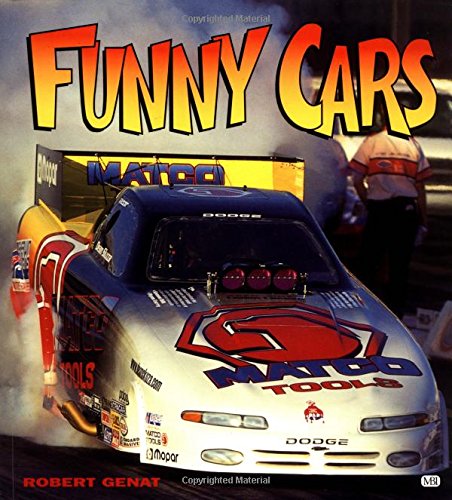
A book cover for Funny Cars; Robert Genat; Sports & Outdoors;